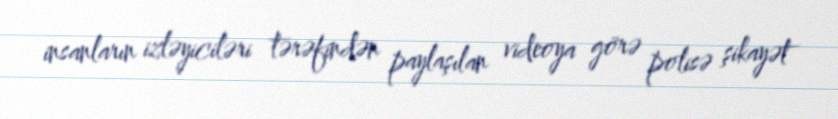
insanların izləyiciləri tərəfindən paylaşılan videoya görə polisə şikayət